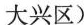
大兴区)